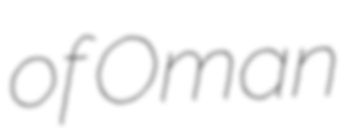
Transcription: of Oman